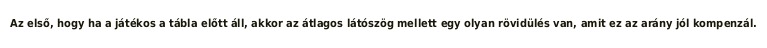
Az első, hogy ha a játékos a tábla előtt áll, akkor az átlagos látószög mellett egy olyan rövidülés van, amit ez az arány jól kompenzál.